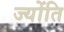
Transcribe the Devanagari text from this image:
ज्योंति